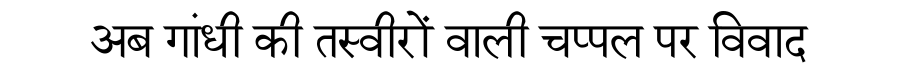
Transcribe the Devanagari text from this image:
अब गांधी की तस्वीरों वाली चप्पल पर विवाद